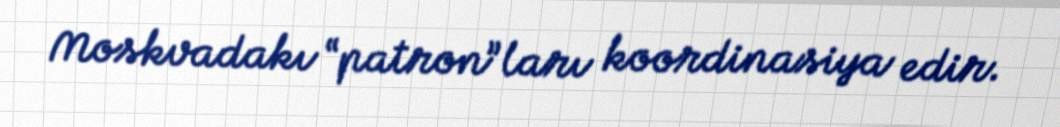
Moskvadakı “patron”ları koordinasiya edir.